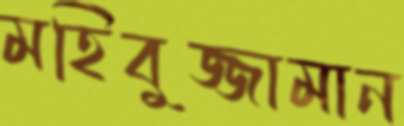
মহিবুজ্জামান